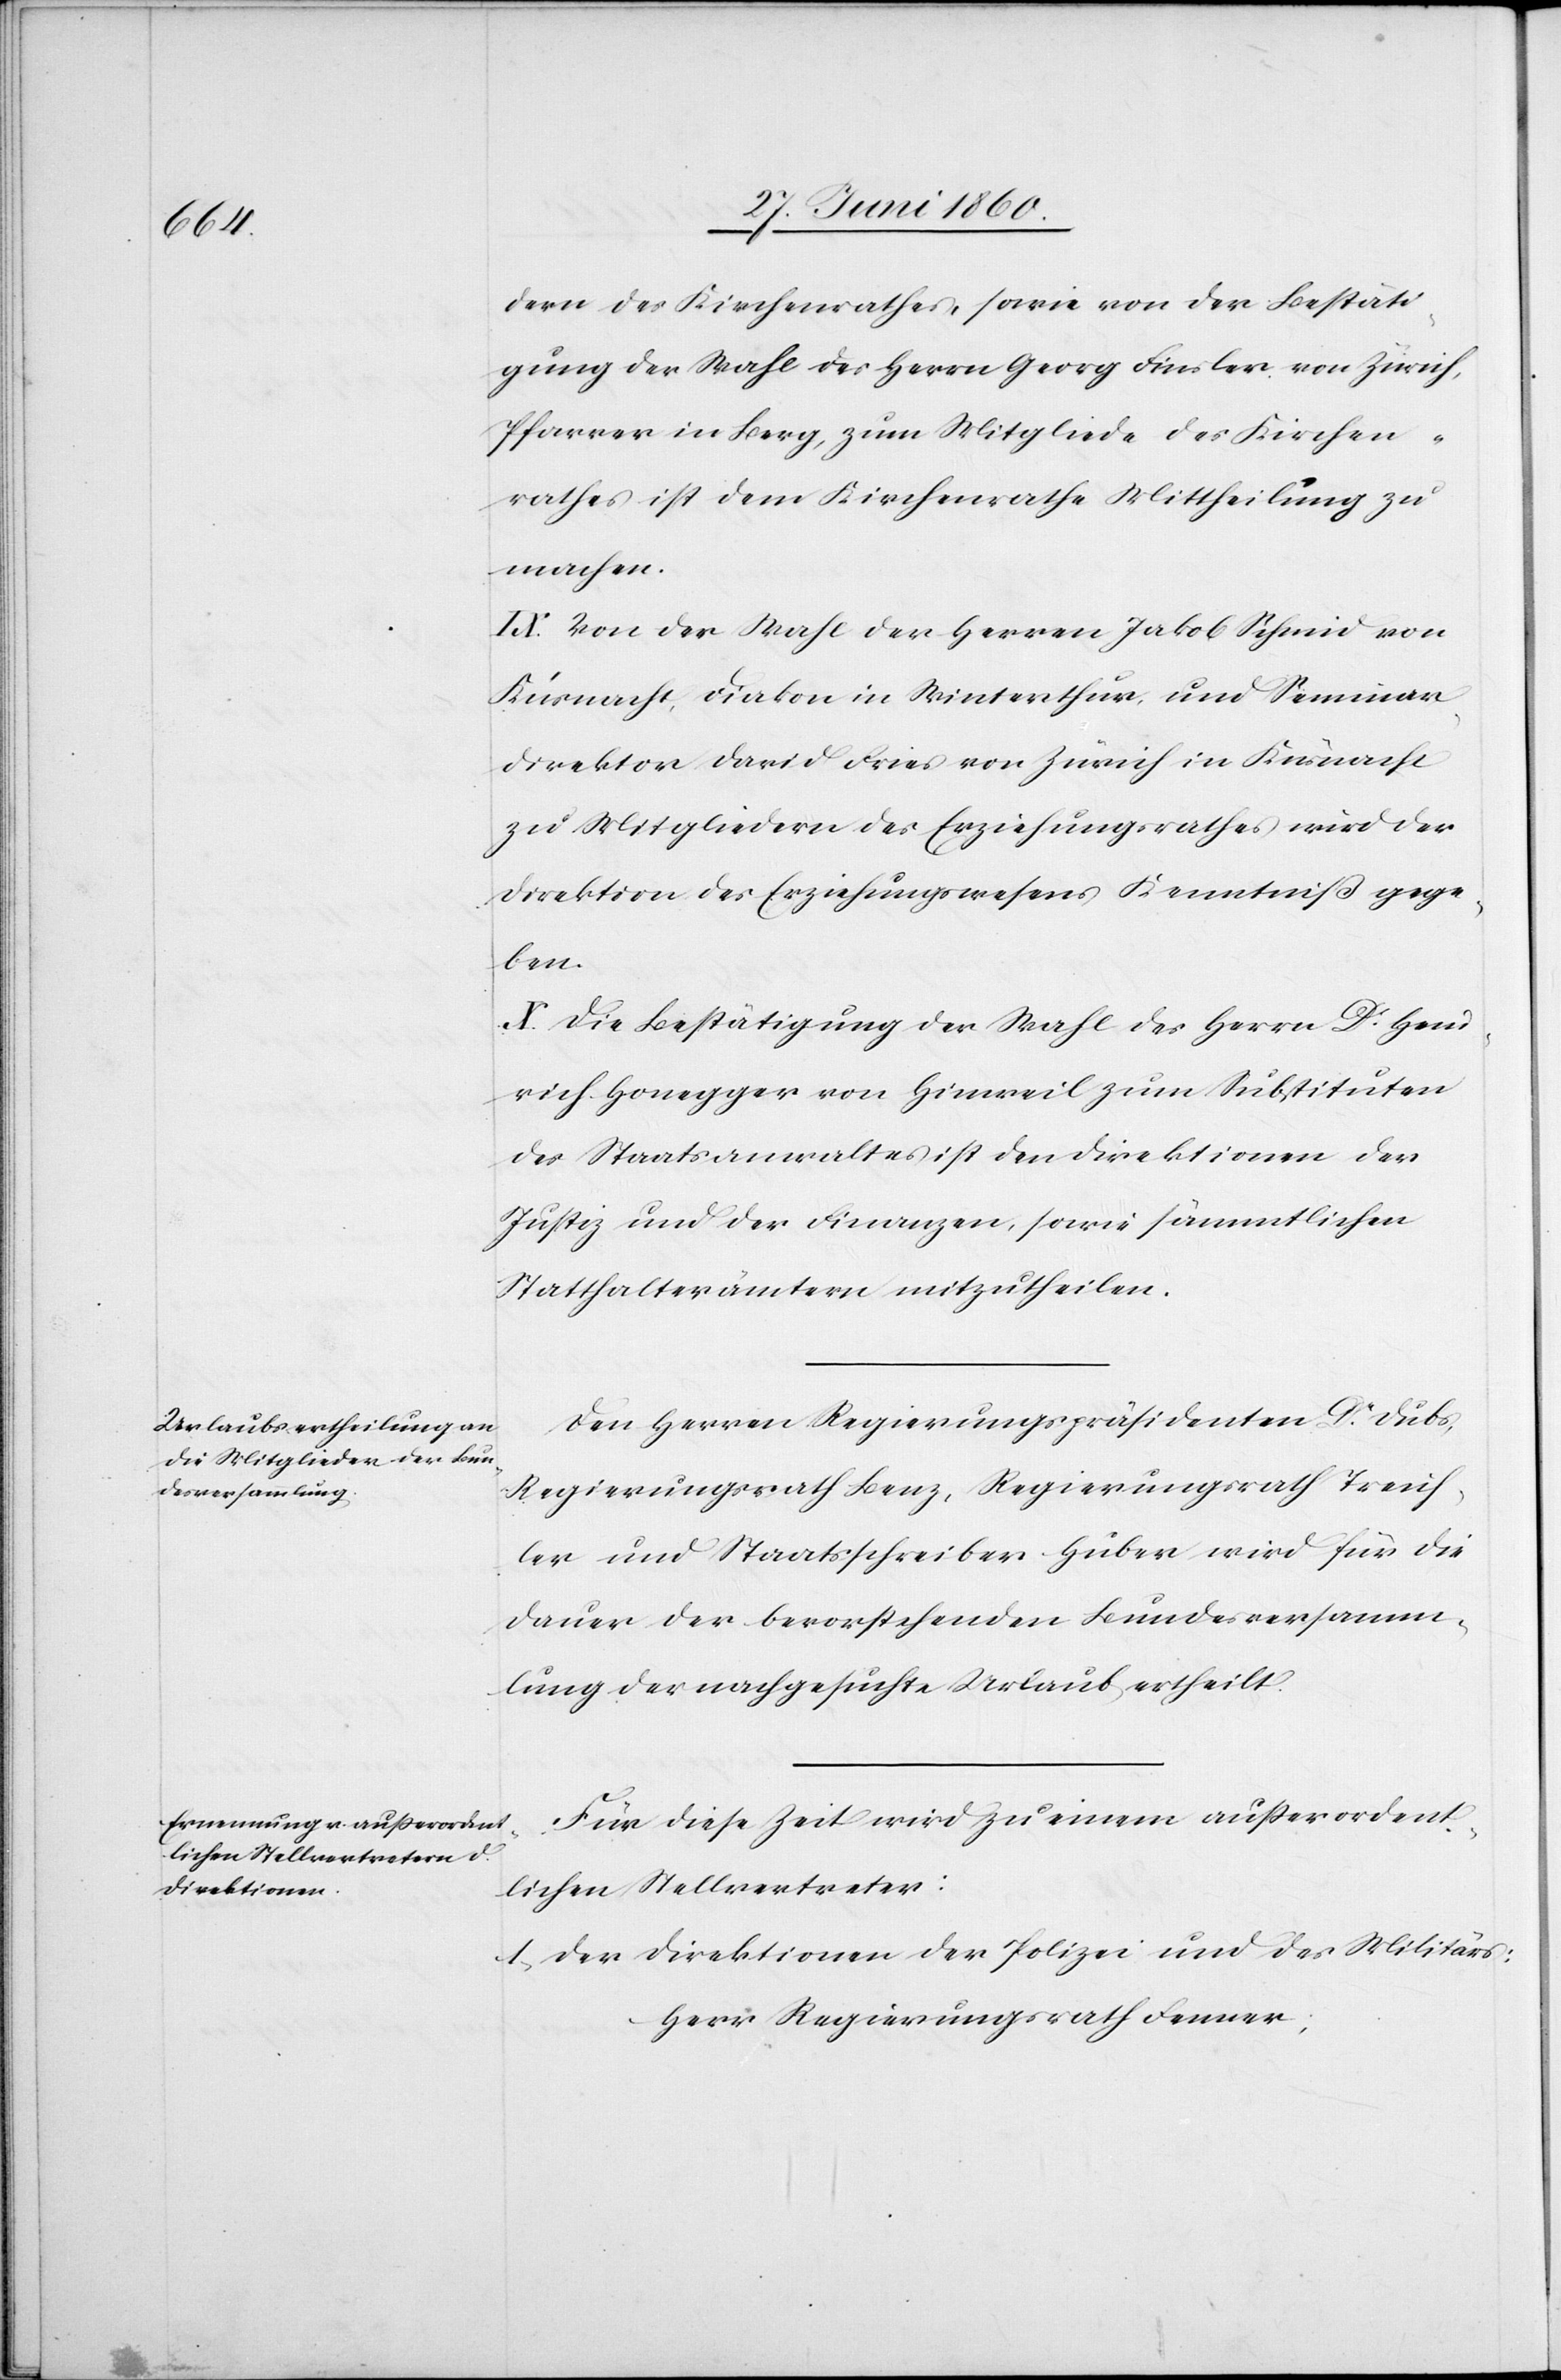
dern des Kirchenrathes, sowie der Bestäti¬
gung der Wahl des Herrn Georg Finsler von Zürich,
Pfarrer in Berg, zum Mitgliede des Kirchen¬
rathes ist dem Kirchenrathe Mittheilung zu
machen.
IX. Von der Wahl der Herren Jakob Schmid von
Küsnacht, Diakon in Winterthur, und Seminar¬
direktor David Fries von Zürich in Küsnacht
zu Mitgliedern des Erziehungsrathes wird der
Direktion des Erziehungswesens Kenntniß gege¬
ben.
X. Die Bestätigung der Wahl des Herrn Dr Hein¬
rich Honegger von Hinweil zum Substituten
des Staatsanwaltes ist den Direktionen der
Justiz und der Finanzen, sowie sämmtlichen
Statthalterämtern mitzutheilen.
Den Herren Regierungspräsidenten Dr Dubs,
Regierungsrath Benz, Regierungsrath Treich¬
ler und Staatsschreiber Huber wird für die
Dauer der bevorstehenden Bundesversamm¬
lung der nachgesuchte Urlaub ertheilt.
Für diese Zeit wird zu einem ausserordent¬
lichen Stellvertreter:
1. Der Direktionen der Polizei und des Militärs:
Herr Regierungsrath Fenner;